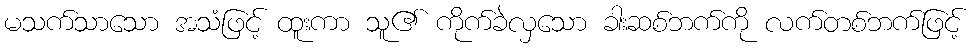
မသက်သာသော အသံဖြင့် ထူးကာ သူ၏ ကိုက်ခဲလှသော ခါးဆစ်ဘက်ကို လက်တစ်ဘက်ဖြင့်